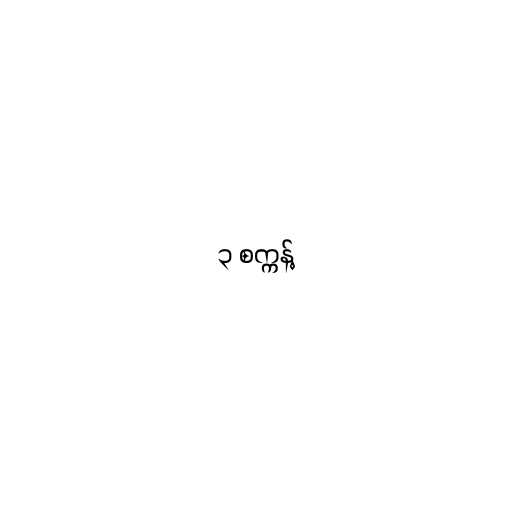
၃ စက္ကန့်